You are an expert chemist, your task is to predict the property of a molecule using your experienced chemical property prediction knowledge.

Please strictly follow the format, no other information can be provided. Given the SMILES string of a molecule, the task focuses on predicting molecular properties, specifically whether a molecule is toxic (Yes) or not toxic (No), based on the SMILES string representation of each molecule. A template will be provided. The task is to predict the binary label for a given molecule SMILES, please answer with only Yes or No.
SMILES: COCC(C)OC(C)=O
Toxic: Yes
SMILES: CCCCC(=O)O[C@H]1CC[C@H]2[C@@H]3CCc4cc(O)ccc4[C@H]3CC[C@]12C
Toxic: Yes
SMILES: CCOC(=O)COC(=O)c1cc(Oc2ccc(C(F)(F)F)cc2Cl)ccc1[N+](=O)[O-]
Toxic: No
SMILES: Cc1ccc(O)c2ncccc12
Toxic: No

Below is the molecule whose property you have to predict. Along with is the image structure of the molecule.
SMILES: CN(C(=O)CCCOc1ccc2[nH]c(=O)ccc2c1)C1CCCCC1
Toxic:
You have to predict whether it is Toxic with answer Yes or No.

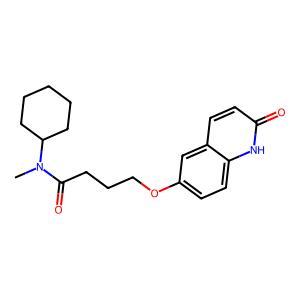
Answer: No